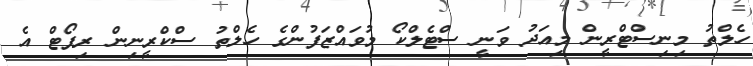
ހެލްތު މިނިސްޓްރީން މިއަދު ވަނީ ސްޓެލްކޯ މުވައްޒަފުންގެ ހެލްތު ސްކްރީނިން ރިޕޯޓް އެ